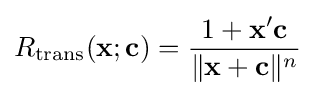
R_{\text{trans}}(\mathbf {x} ;\mathbf {c} )={\frac {1+\mathbf {x} '\mathbf {c} }{\lVert \mathbf {x} +\mathbf {c} \rVert ^{n}}}